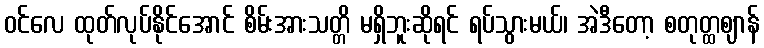
ဝင်လေ ထုတ်လုပ်နိုင်အောင် စိမ်းအားသတ္တိ မရှိဘူးဆိုရင် ရပ်သွားမယ်၊ အဲဒီတော့ စတုတ္ထဈာန်